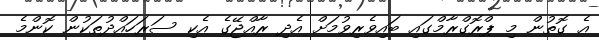
އެ ގޮތުން މި ޕްރޮގްރާމްގައި ބައިވެރިވުމަށް އެދި ރާއްޖޭގެ އެކި ސަރަހައްދުތަކުން ކޮންމެ